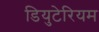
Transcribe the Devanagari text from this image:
डियुटेरियम